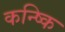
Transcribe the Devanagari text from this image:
कन्ष्कि